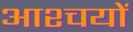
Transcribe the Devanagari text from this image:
आश्चयों